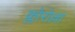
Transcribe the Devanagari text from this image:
क्लोरोल्ला